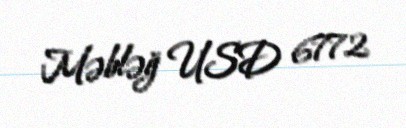
Məbləğ USD 6772